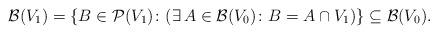
LaTeX: \begin{align*} \mathcal{B}(V_1) = \{ B \in \mathcal{P}(V_1) \colon ( \exists \, A \in \mathcal{B}(V_0) \colon B = A \cap V_1 ) \} \subseteq \mathcal{B}(V_0) .\end{align*}